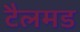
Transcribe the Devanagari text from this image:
टैलमड